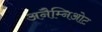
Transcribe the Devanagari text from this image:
अनैम्निओट